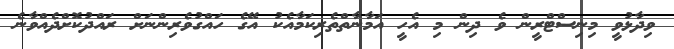
ވިދާޅުވީ މިނިސްޓްރީން ވެ ދިން މި އެހީ އަމާނާތްތެރިކަމާއެކު އޭގެ ހައްގުވެރިންނަށް ރައްދުކޮށްދެއްވާނެ